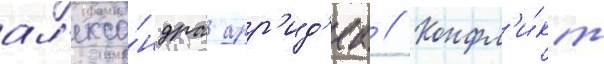
ал'екса́ндра арр'ид'еа // Конфл'и́кт